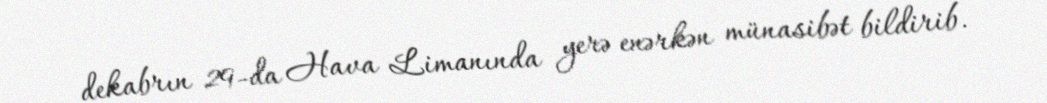
dekabrın 29-da Hava Limanında yerə enərkən münasibət bildirib.